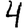
Digit: 4